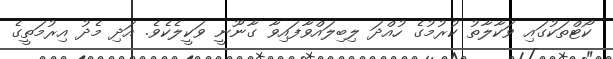
ކޯޓްތަކުގައި ވަކާލާތު ކުރުމުގެ ހުއްދަ ލިބިލައްވާފައިވާ ގާނޫނީ ވަކީލެކެވެ. އަދި މެދު އިރުމަތީގެ